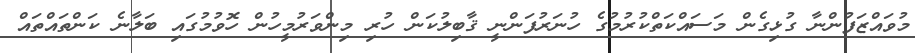
މުވައްޒަފުންނާ ގުޅިގެން މަސައްކަތްކުރުމުގެ ހުނަރުފަންނީ ޤާބިލުކަން ހުރި މިންވަރުމީހުން ހޮވުމުގައި ބަލާނެ ކަންތައްތައް